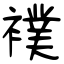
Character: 襆